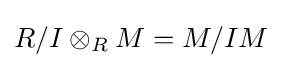
R/I\otimes _{R}M=M/IM